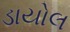
ડાયોલ